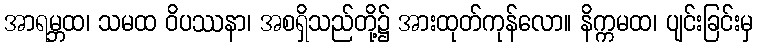
အာရမ္ဘထ၊ သမထ ဝိပဿနာ၊ အစရှိသည်တို့၌ အားထုတ်ကုန်လော။ နိက္ကမထ၊ ပျင်းခြင်းမှ